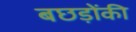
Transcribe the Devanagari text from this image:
बछड़ोंकी